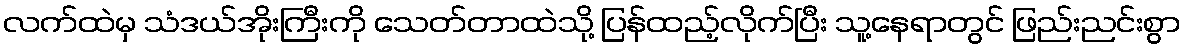
လက်ထဲမှ သံဒယ်အိုးကြီးကို သေတ်တာထဲသို့ ပြန်ထည့်လိုက်ပြီး သူ့နေရာတွင် ဖြည်းညင်းစွာ